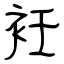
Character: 衽